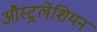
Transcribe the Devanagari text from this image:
औस्ट्रलेशियन